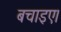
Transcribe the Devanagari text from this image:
बचाइए।